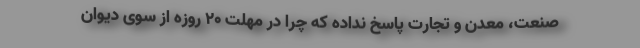
صنعت، معدن و تجارت پاسخ نداده که چرا در مهلت ۲۰ روزه از سوی دیوان